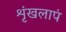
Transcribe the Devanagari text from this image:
शृंखलापं